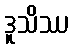
ဒူသိဿ